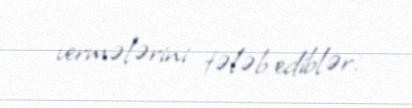
vermələrini tələb ediblər.